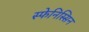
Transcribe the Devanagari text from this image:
स्फेनिस्सिन